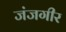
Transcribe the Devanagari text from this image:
जंजगीर